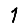
Digit: 1